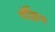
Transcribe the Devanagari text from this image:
वॉल्लिंगर